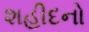
શહીદનો